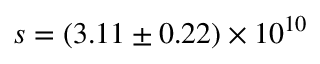
s = ( 3 . 1 1 \pm 0 . 2 2 ) \times 1 0 ^ { 1 0 }